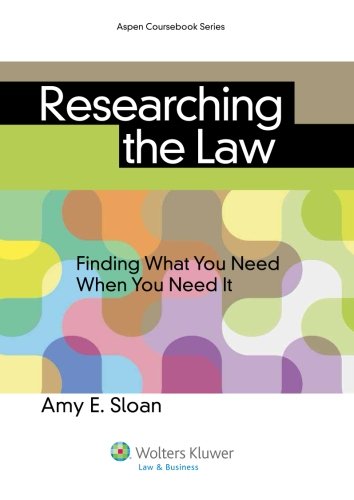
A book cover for Researching the Law: Finding What You Need When You Need It (Aspen Coursebooks); Amy E. Sloan; Law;